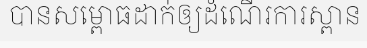
បានសម្ពោធដាក់ឲ្យដំណើរការស្ពាន